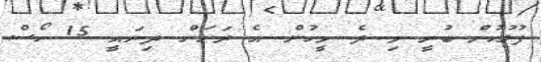
ފުލުހުން ބުނީ މި ދެ މީހުން އެ ރަށަށް ދިޔައީ 15 ހޯސް